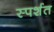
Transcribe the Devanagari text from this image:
स्पर्शत